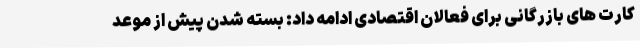
کارت های بازرگانی برای فعالان اقتصادی ادامه داد: بسته شدن پیش از موعد